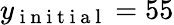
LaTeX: y_{\mathrm{~i~n~i~t~i~a~l~}}=55